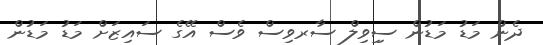
ދެން މަޑު މަޑުން ސިިިވިލް ސާރވިސް ވެސް އޭގެ ސައިޒަށް މަޑު މަޑުން